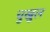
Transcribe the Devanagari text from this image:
चुखुल